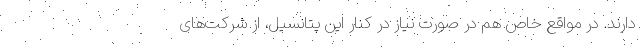
دارند. در مواقع خاص هم در صورت نیاز در کنار این پتانسیل، از شرکت‌های